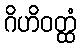
ဂိဟိဝတ္ထံ